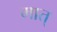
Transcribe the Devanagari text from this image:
मात्